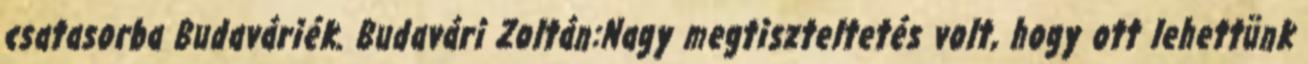
csatasorba Budaváriék. Budavári Zoltán:Nagy megtiszteltetés volt, hogy ott lehettünk